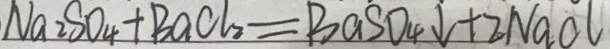
N a _ { 2 } S O _ { 4 } + B a C l _ { 2 } = B a S O _ { 4 } \downarrow + 2 N a O l